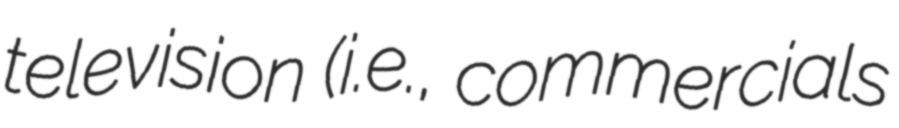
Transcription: television (i.e., commercials